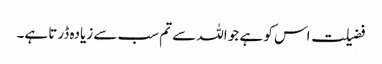
فضیلت اس کو ہے جو اللہ سے تم سب سے زیادہ ڈرتا ہے۔